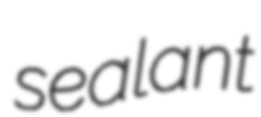
sealant